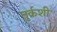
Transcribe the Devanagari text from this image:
तुर्कशी